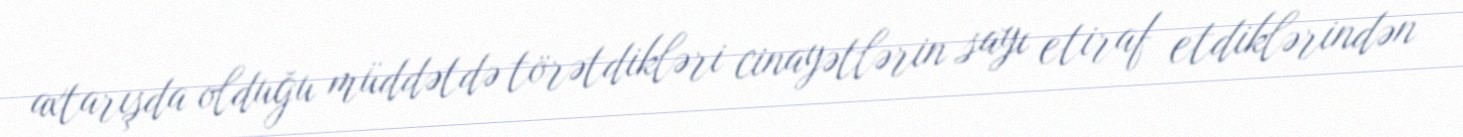
axtarışda olduğu müddətdə törətdikləri cinayətlərin sayı etiraf etdiklərindən